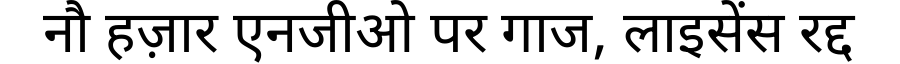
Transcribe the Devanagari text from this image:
नौ हज़ार एनजीओ पर गाज, लाइसेंस रद्द